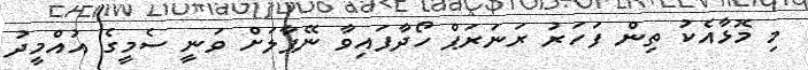
މި މޮޅާއެކު ތިން ފަހަރު ރަނަރަޕް ހޯދާފައިވާ ނޭޕާލަށް ވަނީ ސެމީގެ އުއްމީދު